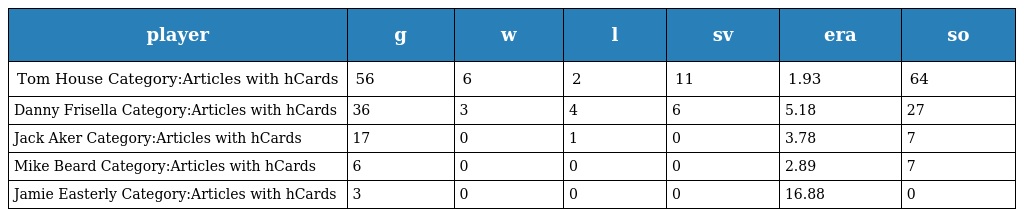
| player | g | w | l | sv | era | so |
 | --- | --- | --- | --- | --- | --- | --- |
 | Tom House Category:Articles with hCards | 56 | 6 | 2 | 11 | 1.93 | 64 |
 | Danny Frisella Category:Articles with hCards | 36 | 3 | 4 | 6 | 5.18 | 27 |
 | Jack Aker Category:Articles with hCards | 17 | 0 | 1 | 0 | 3.78 | 7 |
 | Mike Beard Category:Articles with hCards | 6 | 0 | 0 | 0 | 2.89 | 7 |
 | Jamie Easterly Category:Articles with hCards | 3 | 0 | 0 | 0 | 16.88 | 0 |